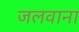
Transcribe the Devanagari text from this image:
जलवाना